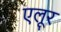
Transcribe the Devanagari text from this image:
एलूर